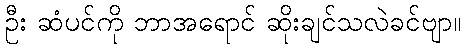
ဦး ဆံပင်ကို ဘာအရောင် ဆိုးချင်သလဲခင်ဗျာ။